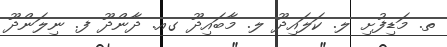
ތ. މަޑިފުށި ލ. ކަލައިދޫ ލ. މާބައިދޫ ގއ. ދާންދޫ ފ. ނިލަންދޫ